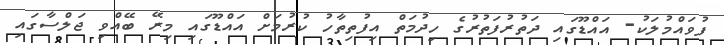
ފުވައްމުލަކު- އައްޑޫގައި ދަތުރުފަތުރުގެ ހިދުމަތް އިފުތިތާހު ކުރުމަށް އައްޑޫގައި މިރޭ ބޭއްވި ޖަލްސާގައި